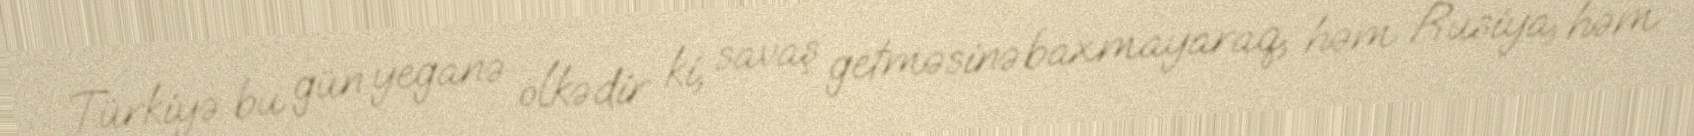
Türkiyə bu gün yeganə ölkədir ki, savaş getməsinə baxmayaraq, həm Rusiya, həm